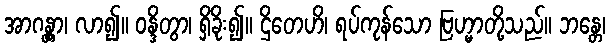
အာဂန္တွာ၊ လာ၍။ ဝန္ဒိတွာ၊ ရှိခိုး၍။ ဌိတေဟိ၊ ရပ်ကုန်သော ဗြဟ္မာတို့သည်။ ဘန္တေ၊